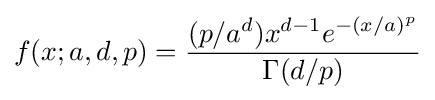
f(x;a,d,p)={\frac {(p/a^{d})x^{d-1}e^{-(x/a)^{p}}}{\Gamma (d/p)}}